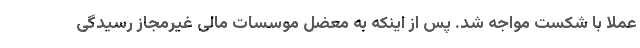
عملا با شکست مواجه شد. پس از اینکه به معضل موسسات مالی غیرمجاز رسیدگی